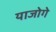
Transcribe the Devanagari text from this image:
याजोगे